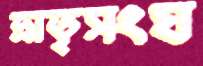
ভ্রাতৃসংঘ